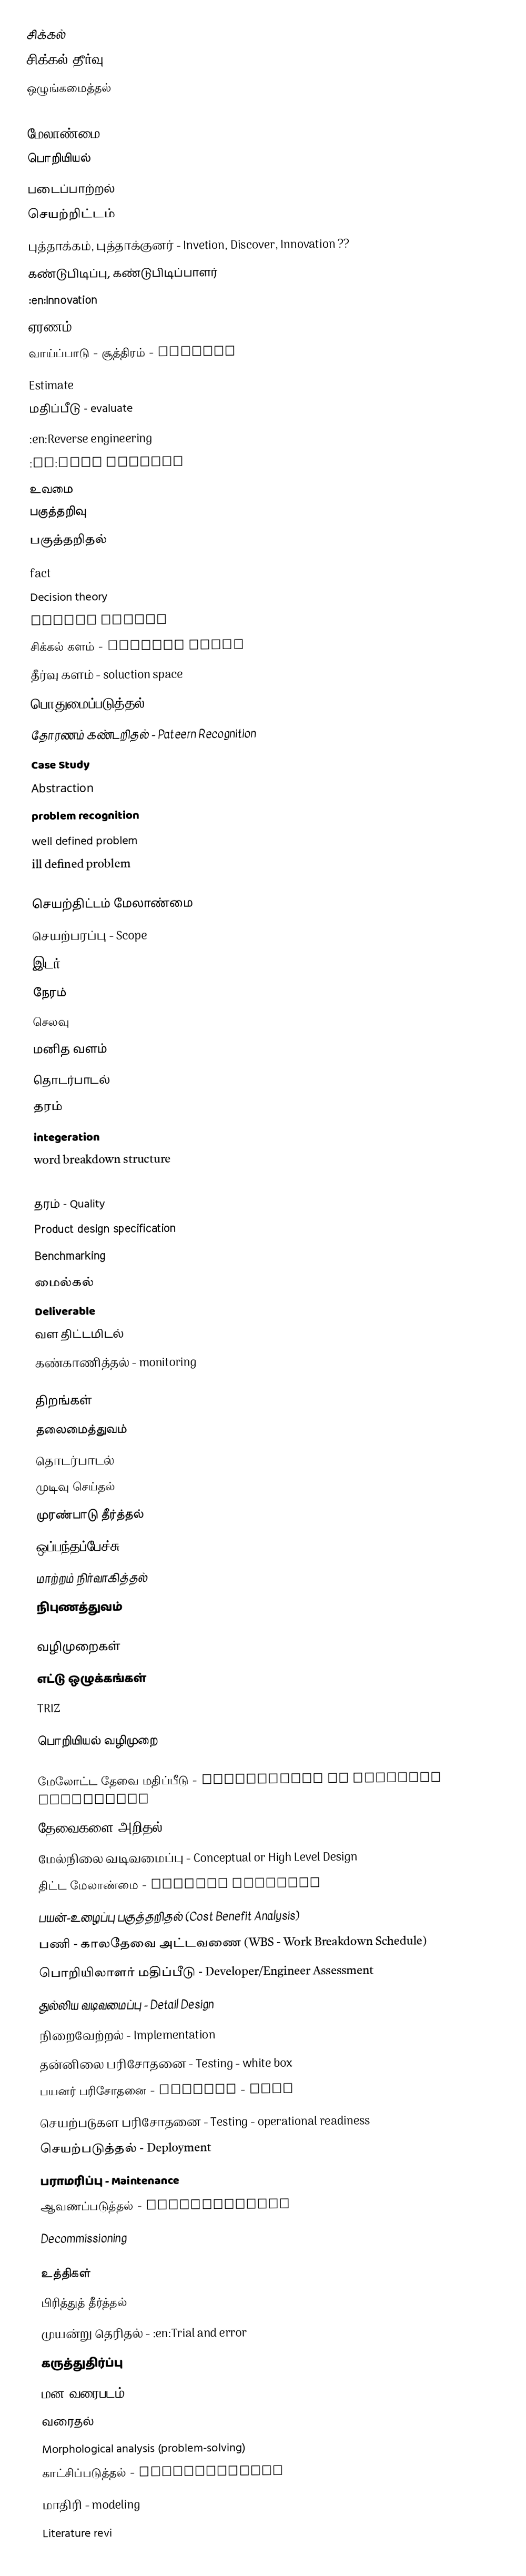
சிக்கல்
 சிக்கல் தீர்வு
 ஒழுங்கமைத்தல்
 Scheduling
 மேலாண்மை
 பொறியியல்
 படைப்பாற்றல்
 செயற்றிட்டம்
 புத்தாக்கம், புத்தாக்குனர் - Invetion, Discover, Innovation ??
 கண்டுபிடிப்பு, கண்டுபிடிப்பாளர்
 :en:Innovation
 ஏரணம் - Logic
 வாய்ப்பாடு - சூத்திரம் - formula
 Estimate
 மதிப்பீடு - evaluate
 :en:Reverse engineering
 :en:Free writing
 உவமை
 பகுத்தறிவு
 பகுத்தறிதல்
 fact
 Decision theory
 Expert system
 சிக்கல் களம் - problem space
 தீர்வு களம் - soluction space
 பொதுமைப்படுத்தல் Generalization
 தோரணம் கண்டறிதல் - Pateern Recognition
 Case Study
 Abstraction
 problem recognition
 well defined problem
 ill defined problem

செயற்திட்டம் மேலாண்மை
 செயற்பரப்பு - Scope
 இடர்
 நேரம்
 செலவு
 மனித வளம்
 தொடர்பாடல்
 தரம்
 integeration
 word breakdown structure
 Schedule (workplace)
 தரம் - Quality
 Product design specification
 Benchmarking
 மைல்கல்
 Deliverable
 வள திட்டமிடல்
 கண்காணித்தல் - monitoring

திறங்கள்
 தலைமைத்துவம்
 தொடர்பாடல்
 முடிவு செய்தல்
 முரண்பாடு தீர்த்தல்
 ஒப்பந்தப்பேச்சு
 மாற்றம் நிர்வாகித்தல்
 நிபுணத்துவம்

வழிமுறைகள்
 எட்டு ஒழுக்கங்கள்
 TRIZ

பொறியியல் வழிமுறை

 மேலோட்ட தேவை மதிப்பீடு - Preliminary or Business Assessment
 தேவைகளை அறிதல் - :en:Requirements elicitation, :en:Requirements analysis
 மேல்நிலை வடிவமைப்பு - Conceptual or High Level Design
 திட்ட மேலாண்மை - Project Mangment
 பயன்-உழைப்பு பகுத்தறிதல் (Cost Benefit Analysis)
 பணி - காலதேவை அட்டவணை (WBS - Work Breakdown Schedule)
 பொறியிலாளர் மதிப்பீடு - Developer/Engineer Assessment
 துல்லிய வடிவமைப்பு - Detail Design
 நிறைவேற்றல் - Implementation
 தன்னிலை பரிசோதனை - Testing - white box
 பயனர் பரிசோதனை - Testing - user
 செயற்படுகள பரிசோதனை - Testing - operational readiness
 செயற்படுத்தல் - Deployment
 பராமரிப்பு - Maintenance
 ஆவணப்படுத்தல் - Documentation
 Decommissioning

உத்திகள்
 பிரித்துத் தீர்த்தல்
 முயன்று தெரிதல் - :en:Trial and error
 கருத்துதிர்ப்பு
 மன வரைபடம்
 வரைதல்
 Morphological analysis (problem-solving)
 காட்சிப்படுத்தல் - visualization
 மாதிரி - modeling
 Literature revi